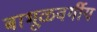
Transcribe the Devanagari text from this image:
बाभूळवर्गीय